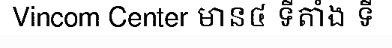
Vincom Center មាន៤ ទីតាំង ទី